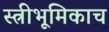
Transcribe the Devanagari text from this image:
स्त्रीभूमिकाच